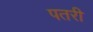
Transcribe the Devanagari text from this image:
पतरी